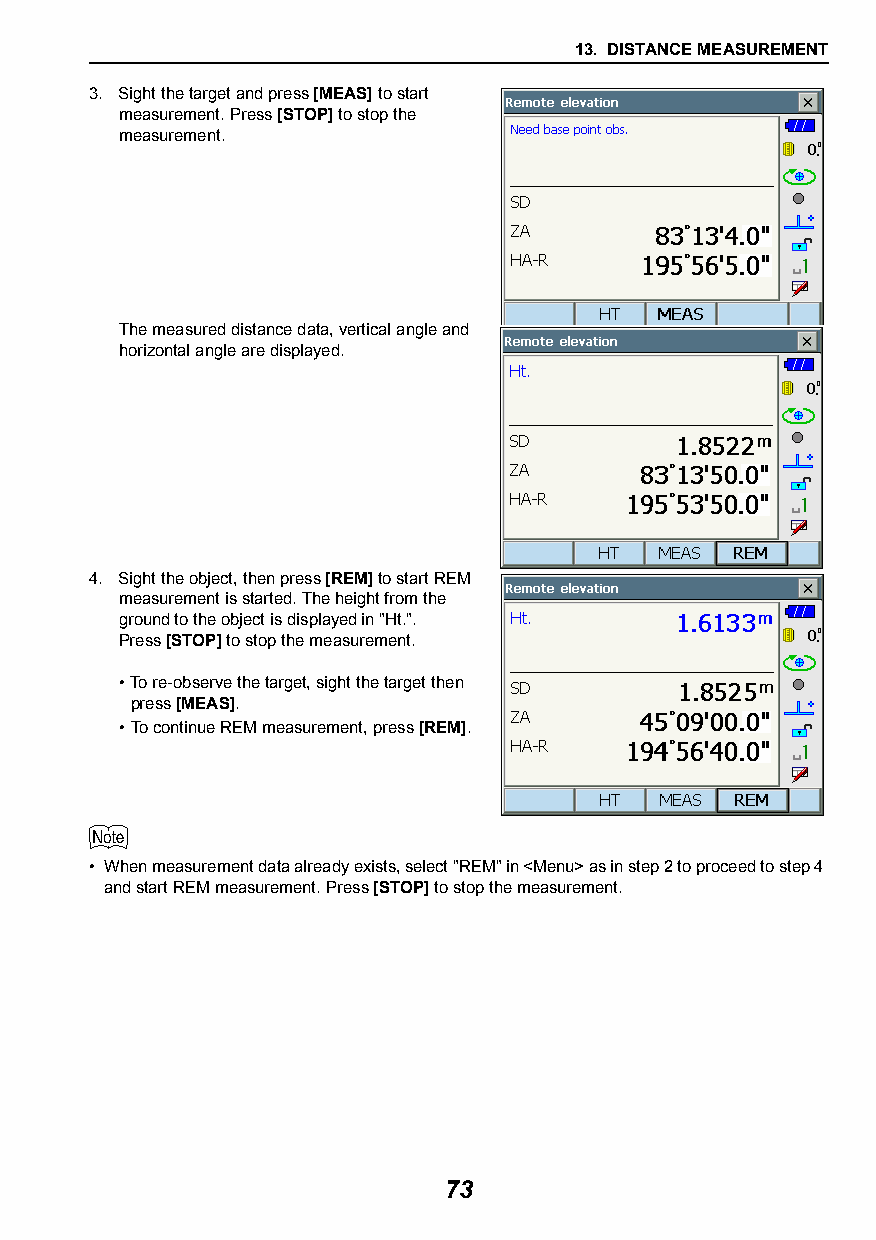
13. DISTANCE MEASUREMENT
 3. Sight the target and press [MEAS] to start
 measurement. Press [STOP] to stop the
 measurement.
 The measured distance data, vertical angle and
 horizontal angle are displayed.
 4. Sight the object, then press [REM] to start REM
 measurement is started. The height from the
 ground to the object is displayed in "Ht.".
 Press [STOP] to stop the measurement.
 •To re-observe the target, sight the target then
 press [MEAS].
 •To continue REM measurement, press [REM].
 
 • When measurement data already exists, select "REM" in <Menu> as in step 2 to proceed to step 4
 and start REM measurement. Press [STOP] to stop the measurement.
 73